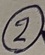
Text: 2